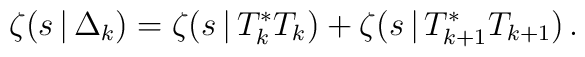
\zeta(s\,|\,\Delta_k)=\zeta(s\,|\,T_k^*T_k)+\zeta(s\,|\,T_{k+1}^*T_{k+1})\,.